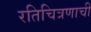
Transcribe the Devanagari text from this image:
रतिचित्रणाची